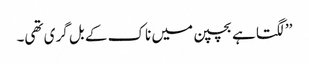
’’لگتا ہے بچپن میں ناک کے بل گری تھی۔